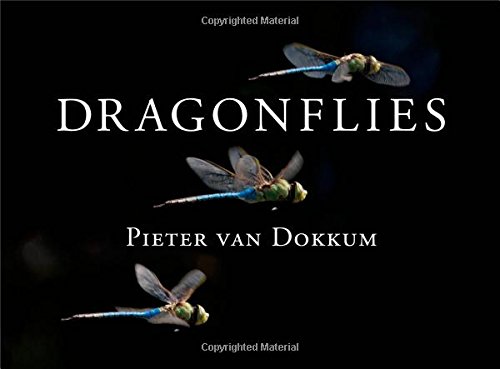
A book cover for Dragonflies: Magnificent Creatures of Water, Air, and Land; Pieter van Dokkum; Science & Math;